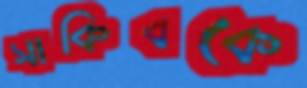
সাকিবকে